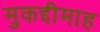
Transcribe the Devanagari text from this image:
मुकद्दीमाह